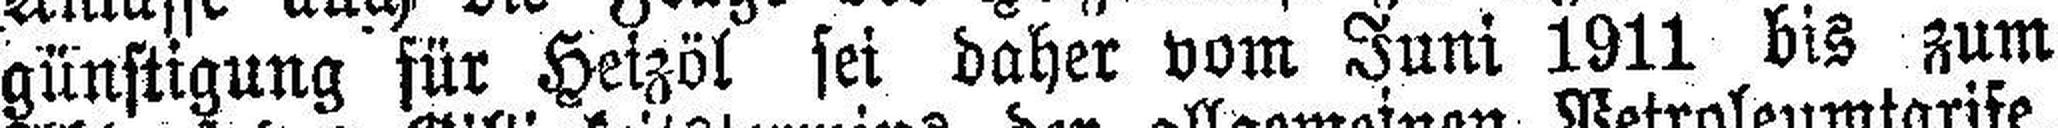
günstigung für Heizöl sei daher vom Juni 1911 bis zum